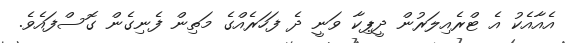
އެއާއެކު އެ ޓްރެއިލަރުން ދީޕިކާ ވަނީ ދެ ފަހަރެއްގެ މަތިން ފެނިގެން ގޮސްފައެވެ.